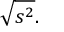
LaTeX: { \sqrt { s ^ { 2 } } } .